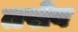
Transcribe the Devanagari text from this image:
तसेव